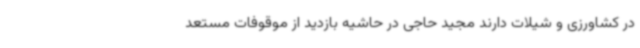
در کشاورزی و شیلات دارند مجید حاجی در حاشیه بازدید از موقوفات مستعد